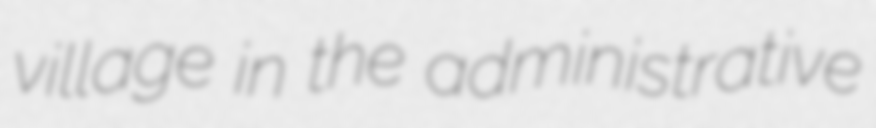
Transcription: village in the administrative